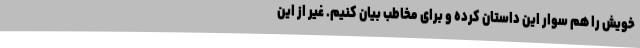
خویش را هم سوار این داستان کرده و برای مخاطب بیان کنیم. غیر از این